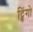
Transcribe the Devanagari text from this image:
ट्विंगो